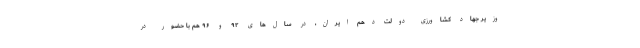
وزیر جهاد کشاورزی دولت دهم ایران، در سال‌های ۹۲ و ۹۶ هم با حضور در